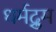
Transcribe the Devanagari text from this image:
धर्मद्रुम